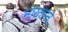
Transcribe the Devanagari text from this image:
भारतान्त